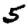
Digit: 5